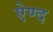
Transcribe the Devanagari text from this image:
ऐण्द